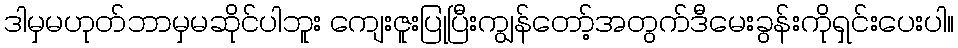
ဒါမှမဟုတ်ဘာမှမဆိုင်ပါဘူး ကျေးဇူးပြုပြီးကျွန်တော့်အတွက်ဒီမေးခွန်းကိုရှင်းပေးပါ။